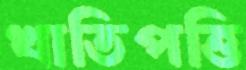
খাতিপত্তি